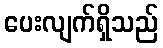
ပေးလျက်ရှိသည်